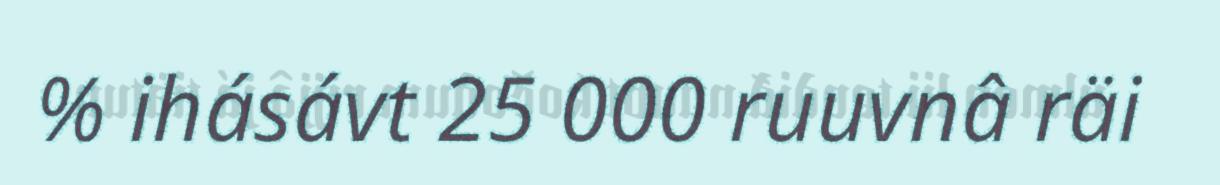
% ihásávt 25 000 ruuvnâ räi